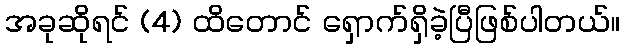
အခုဆိုရင် (4) ထိတောင် ရှောက်ရှိခဲ့ပြီဖြစ်ပါတယ်။